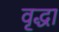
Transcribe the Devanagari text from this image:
वृृद्धा